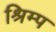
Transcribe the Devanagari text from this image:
श्रिम्‍प